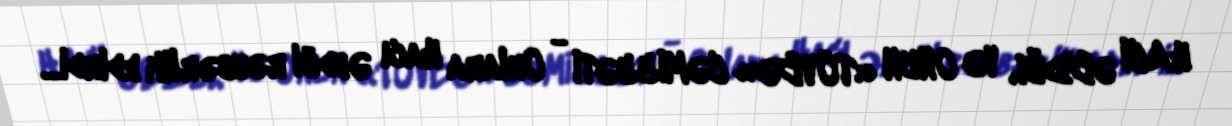
HACI ƏBDÜL VƏ ONUN «TÖVBƏ» CƏMİYYƏTİ - Onlara Hacı Əbdül rəhbərlik edirdi...